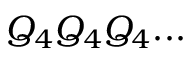
Q _ { 4 } Q _ { 4 } Q _ { 4 } . . .